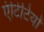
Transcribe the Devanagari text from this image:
एंटिटियों